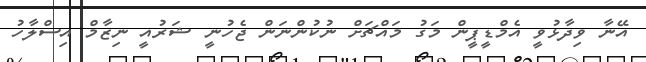
އޭނާ ވިދާޅުވީ އެމްޑީޕީން މަގު މައްޗަށް ނުކުންނަން ޖެހުނީ ޝަރުއީ ނިޒާމް އިސްލާހު